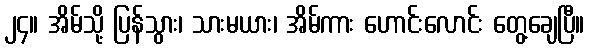
၂၄။ အိမ်သို့ ပြန်သွား၊ သားမယား၊ အိမ်ကား ဟောင်းလောင်း တွေ့ချေပြီ။